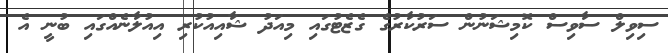
ސިވިލް ސާވިސް ކޮމިޝަނުން ސަރުކާރުގެ ގެޒެޓުގައި މިއަދު ޝާއިއުކުރި އިއުލާނެއްގައި ބުނީ އެ